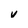
Character: v